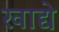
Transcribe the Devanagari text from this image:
खाद्ये